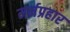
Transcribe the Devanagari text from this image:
मर्मप्रहार